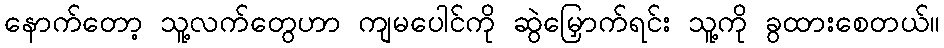
နောက်တော့ သူ့လက်တွေဟာ ကျမပေါင်ကို ဆွဲမြှောက်ရင်း သူ့ကို ခွထားစေတယ်။